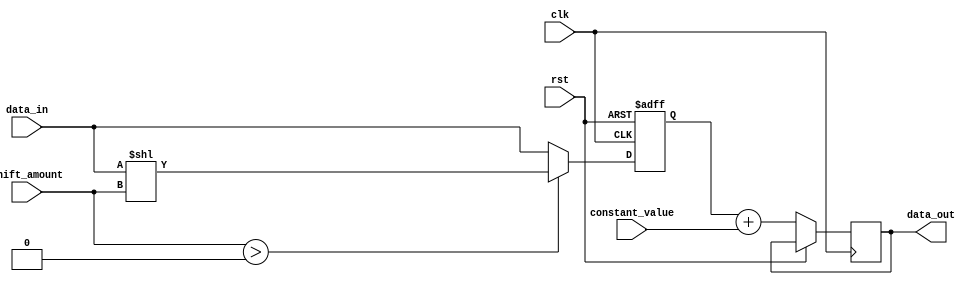
module ShiftAndAddReg (
    input wire clk,
    input wire rst,
    input wire [31:0] data_in,
    input wire [4:0] shift_amount,
    input wire [31:0] constant_value,
    output reg [31:0] data_out
);

reg [31:0] shift_reg;

always @(posedge clk or posedge rst) begin
    if (rst) begin
        shift_reg <= 0;
    end else begin
        if (shift_amount > 0) begin
            shift_reg <= data_in << shift_amount;
        end else begin
            shift_reg <= data_in;
        end
        data_out <= shift_reg + constant_value;
    end
end

endmodule